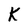
Character: K